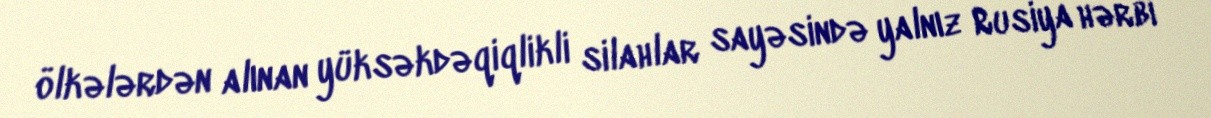
ölkələrdən alınan yüksəkdəqiqlikli silahlar sayəsində yalnız Rusiya hərbi